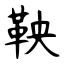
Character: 鞅